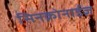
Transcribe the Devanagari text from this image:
सिनक्रोनाईज़